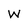
Character: W